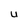
Character: U